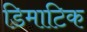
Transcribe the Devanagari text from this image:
डिमाटिक